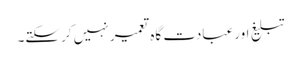
تبلیغ اورعبادت گاہ تعمیر نہیں کرسکتے۔